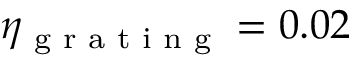
\eta _ { \textrm { g r a t i n g } } = 0 . 0 2